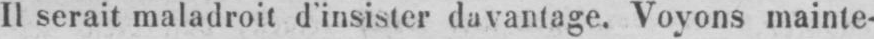
Il serait maladroit d’insister davantage. Voyons mainte-